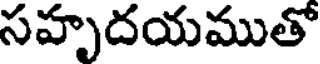
సహృదయముతో